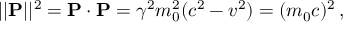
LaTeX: | | \mathbf { P } | | ^ { 2 } = \mathbf { P } \cdot \mathbf { P } = \gamma ^ { 2 } m _ { 0 } ^ { 2 } ( c ^ { 2 } - v ^ { 2 } ) = ( m _ { 0 } c ) ^ { 2 } \, ,